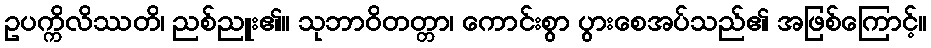
ဥပက္ကိလိဿတိ၊ ညစ်ညူး၏။ သုဘာဝိတတ္တာ၊ ကောင်းစွာ ပွားစေအပ်သည်၏ အဖြစ်ကြောင့်။